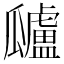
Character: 𤬜